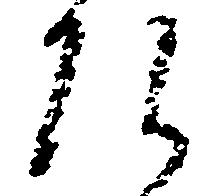
ひ